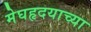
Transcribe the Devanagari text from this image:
मेघहृदयाच्या